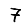
Digit: 7